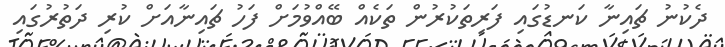
ދެކުނު ޗައިނާ ކަނޑުގައި ފަރިތަކުރުން ތަކެއް ބޭއްވުމަށް ފަހު ޗައިނާއަށް ކުރި ދަތުރުގައި